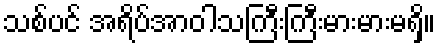
သစ်ပင် အရိပ်အာဝါသကြီးကြီးမားမားမရှိ။